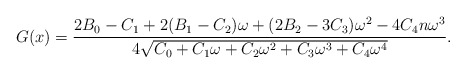
\begin{align*}G(x)={{2{B_0} - {C_1} + 2({B_1} - {C_2}){\omega} + (2{B_2} - 3{C_3}){{\omega}^2} - 4{C_4}n{{\omega}^3}}\over {4{\sqrt{{C_0} + {C_1}{\omega} + {C_2}{{\omega}^2} + {C_3}{{\omega}^3} + {C_4}{{\omega}^4}}}}}.\end{align*}